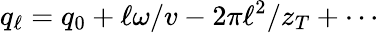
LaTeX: q_{\ell}=q_{0}+\ell\omega/v-2\pi\ell^{2}/z_{T}+\cdots